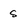
Character: s